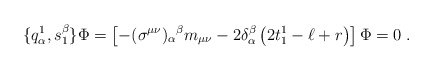
\begin{align*} \{q^1_\alpha, s^\beta_1\}\Phi = \left[-(\sigma^{\mu\nu})_\alpha{}^\beta m_{\mu\nu} - 2\delta^\beta_\alpha\left(2t^1_1 -\ell +r \right)\right]\Phi = 0\;.\end{align*}